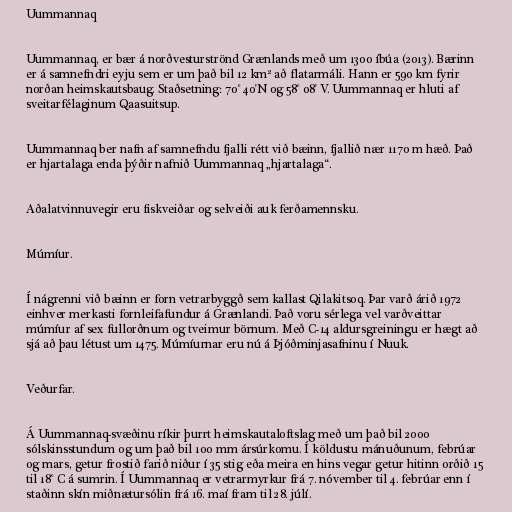
Uummannaq

Uummannaq, er bær á norðvesturströnd Grænlands með um 1300 íbúa (2013). Bærinn
er á samnefndri eyju sem er um það bil 12 km² að flatarmáli. Hann er 590 km fyrir
norðan heimskautsbaug. Staðsetning: 70° 40'N og 58° 08' V. Uummannaq er hluti af
sveitarfélaginum Qaasuitsup.

Uummannaq ber nafn af samnefndu fjalli rétt við bæinn, fjallið nær 1170 m hæð. Það
er hjartalaga enda þýðir nafnið Uummannaq „hjartalaga“.

Aðalatvinnuvegir eru fiskveiðar og selveiði auk ferðamennsku.

Múmíur.

Í nágrenni við bæinn er forn vetrarbyggð sem kallast Qilakitsoq. Þar varð árið 1972
einhver merkasti fornleifafundur á Grænlandi. Það voru sérlega vel varðveittar
múmíur af sex fullorðnum og tveimur börnum. Með C-14 aldursgreiningu er hægt að
sjá að þau létust um 1475. Múmíurnar eru nú á Þjóðminjasafninu í Nuuk.

Veðurfar.

Á Uummannaq-svæðinu ríkir þurrt heimskautaloftslag með um það bil 2000
sólskinsstundum og um það bil 100 mm ársúrkomu. Í köldustu mánuðunum, febrúar
og mars, getur frostið farið niður í 35 stig eða meira en hins vegar getur hitinn orðið 15
til 18° C á sumrin. Í Uummannaq er vetrarmyrkur frá 7. nóvember til 4. febrúar enn í
staðinn skín miðnætursólin frá 16. maí fram til 28. júlí.